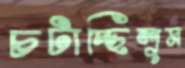
চটাচ্ছিলুম